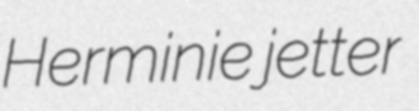
Herminie jetter